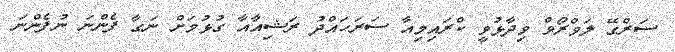
ސަރްގޭ ލަވްރޯވް ވިދާޅުވީ ކްރައިމިއާ ސަރަހައްދު ރަޝިއާއާ ގުޅުމަށް ނަގާ ފެންނަ ނުފެންނަ